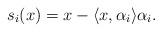
LaTeX: \begin{align*} s_i(x) = x - \langle x, \alpha_i \rangle \alpha_i.\end{align*}